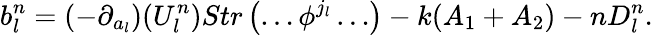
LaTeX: b_{l}^{n}=(-\partial_{a_{l}})(U_{l}^{n})Str\left(\ldots\phi^{j_{l}}\ldots\right)-k(A_{1}+A_{2})-nD_{l}^{n}.